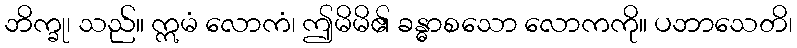
ဘိက္ခု၊ သည်။ ဣမံ လောကံ၊ ဤမိမိ၏ ခန္ဓာစသော လောကကို။ ပဘာသေတိ၊